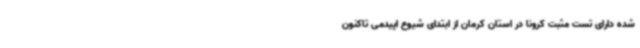
شده دارای تست مثبت کرونا در استان کرمان از ابتدای شیوع اپیدمی تاکنون